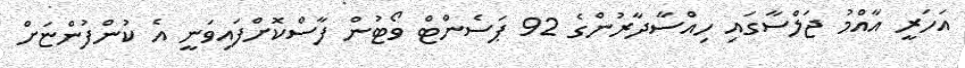
އަހަރީ އާއްމު ޖަލްސާގައި ހިއްސާދާރުންގެ 92 ޕަސެންޓް ވޯޓުން ފާސްކޮށްފައިވަނީ އެ ކުންފުންޏަށް